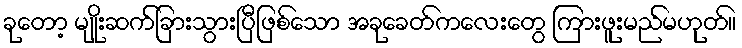
ခုတော့ မျိုးဆက်ခြားသွားပြီဖြစ်သော အခုခေတ်ကလေးတွေ ကြားဖူးမည်မဟုတ်။